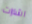
اشارات